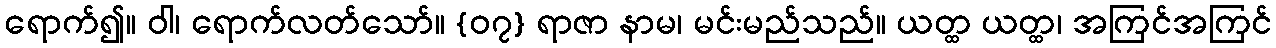
ရောက်၍။ ဝါ၊ ရောက်လတ်သော်။ {၀၇} ရာဇာ နာမ၊ မင်းမည်သည်။ ယတ္ထ ယတ္ထ၊ အကြင်အကြင်